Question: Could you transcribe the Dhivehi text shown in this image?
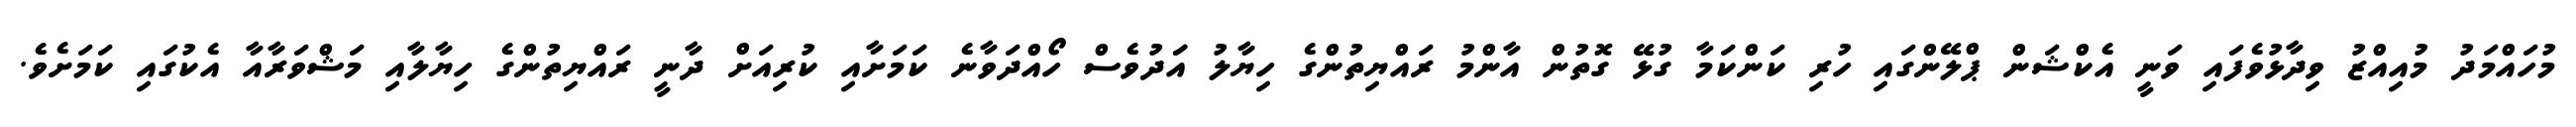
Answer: މުހައްމަދު މުއިއްޒު ވިދާޅުވެފައި ވަނީ އެކްޝަން ޕްލޭންގައި ހުރި ކަންކަމާ ގުޅޭ ގޮތުން އާންމު ރައްޔިތުންގެ ހިޔާލު އަަދުވެސް ހޯއްދަވާނެ ކަމަށާއި ކުރިއަށް ދާނީ ރައްޔިތުންގެ ހިޔާލާއި މަޝްވަރާއާ އެކުގައި ކަމަށެވެ.